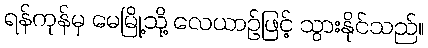
ရန်ကုန်မှ မေမြို့သို့ လေယာဉ်ဖြင့် သွားနိုင်သည်။